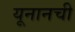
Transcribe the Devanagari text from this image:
यूनानची